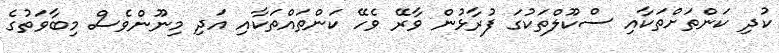
ކުދި ކަންތަށްތަކާއި ސްކޫލްތަކުގަ ފުރާޅުން ވާރޭ ވެހޭ ކަންތައްތަކާއި އަދި މިނޫންވެސް މިބާވަތުގެ